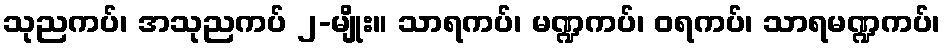
သုညကပ်၊ အသုညကပ် ၂-မျိုး။ သာရကပ်၊ မဏ္ဍကပ်၊ ဝရကပ်၊ သာရမဏ္ဍကပ်၊